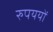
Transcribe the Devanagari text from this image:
रुपययों